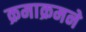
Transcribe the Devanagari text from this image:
क्रमाक्रमने